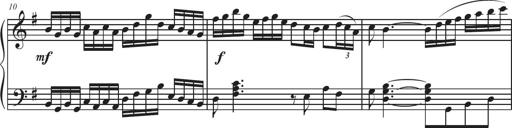
Title: Sonatina Espania
Composer: Jerald Franklin Archer
Key: Various